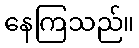
နေကြသည်။